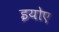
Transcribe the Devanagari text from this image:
इयोए